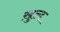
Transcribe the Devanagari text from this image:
ख़ुल्द